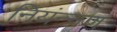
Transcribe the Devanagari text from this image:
नियंन्नण